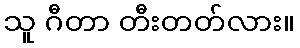
သူ ဂီတာ တီးတတ်လား။